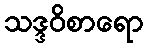
သဒ္ဒဝိစာရော